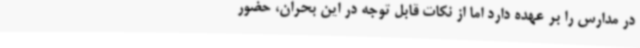
در مدارس را بر عهده دارد اما از نکات قابل توجه در این بحران، حضور